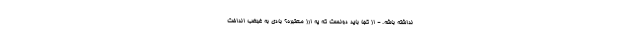
نداشته باشه. - از کجا باید دونست که یه ارز معتبره؟ بادی به غبغب انداخت